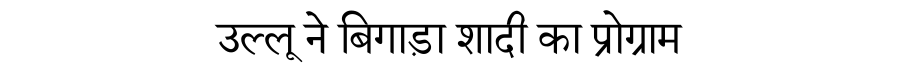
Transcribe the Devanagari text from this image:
उल्लू ने बिगाड़ा शादी का प्रोग्राम